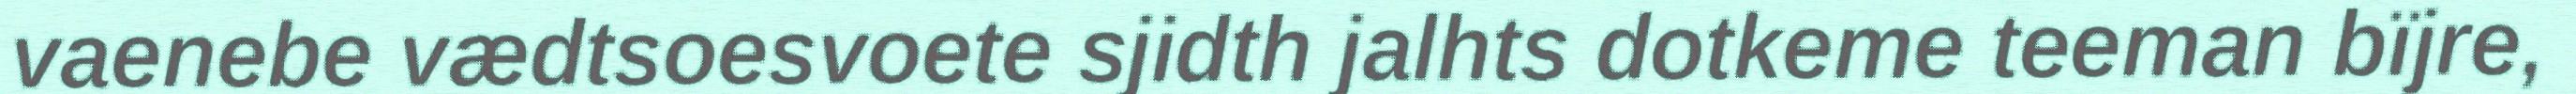
vaenebe vædtsoesvoete sjidth jalhts dotkeme teeman bïjre,